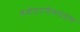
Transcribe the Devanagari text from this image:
लंबोदरायैकदंताय